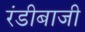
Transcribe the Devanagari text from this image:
रंडीबाजी